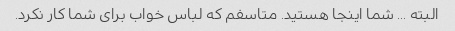
البته ... شما اینجا هستید. متاسفم که لباس خواب برای شما کار نکرد.